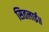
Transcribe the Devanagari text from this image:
सितलाई॥